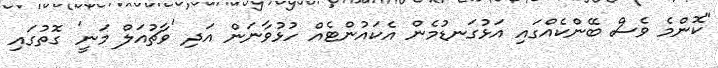
"ކޮންމެ ވެސް ބޭންކެއްގައި އަޅުގަނޑުމެން އެކައުންޓެއް ހުޅުވާނަން އަދި 'ވާޗުއަލް މަނީ' ގޮތުގައި